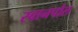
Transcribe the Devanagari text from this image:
स्वानपोल